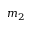
m _ { 2 }